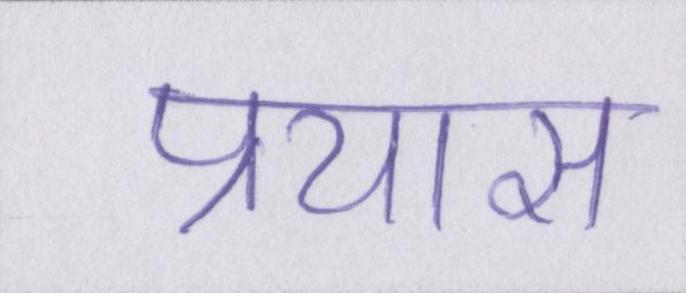
प्रयास